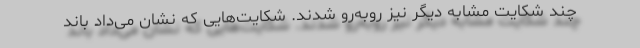
چند شکایت مشابه دیگر نیز روبه‌رو شدند. شکایت‌هایی که نشان می‌داد باند